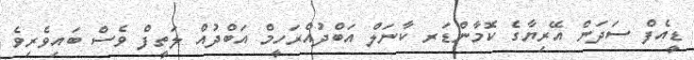
ޑީއެފް ސަދަން އޭރިޔާގެ ކޮމާންޑަރ ކާނަލް އަބްދުއްރަހީމް އަބްދުއް ލަތީފް ވެސް ބައިވެރިވެ